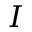
I